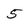
Character: 5